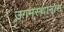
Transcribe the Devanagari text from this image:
उगमस्थानास